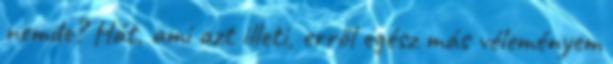
nemde? Hát, ami azt illeti, erről egész más véleményem